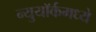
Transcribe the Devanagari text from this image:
न्युयॉर्कमध्ये